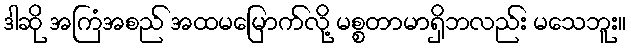
ဒါဆို အကြံအစည် အထမမြောက်လို့ မစ္စတာမာရှိဘလည်း မသေဘူး။